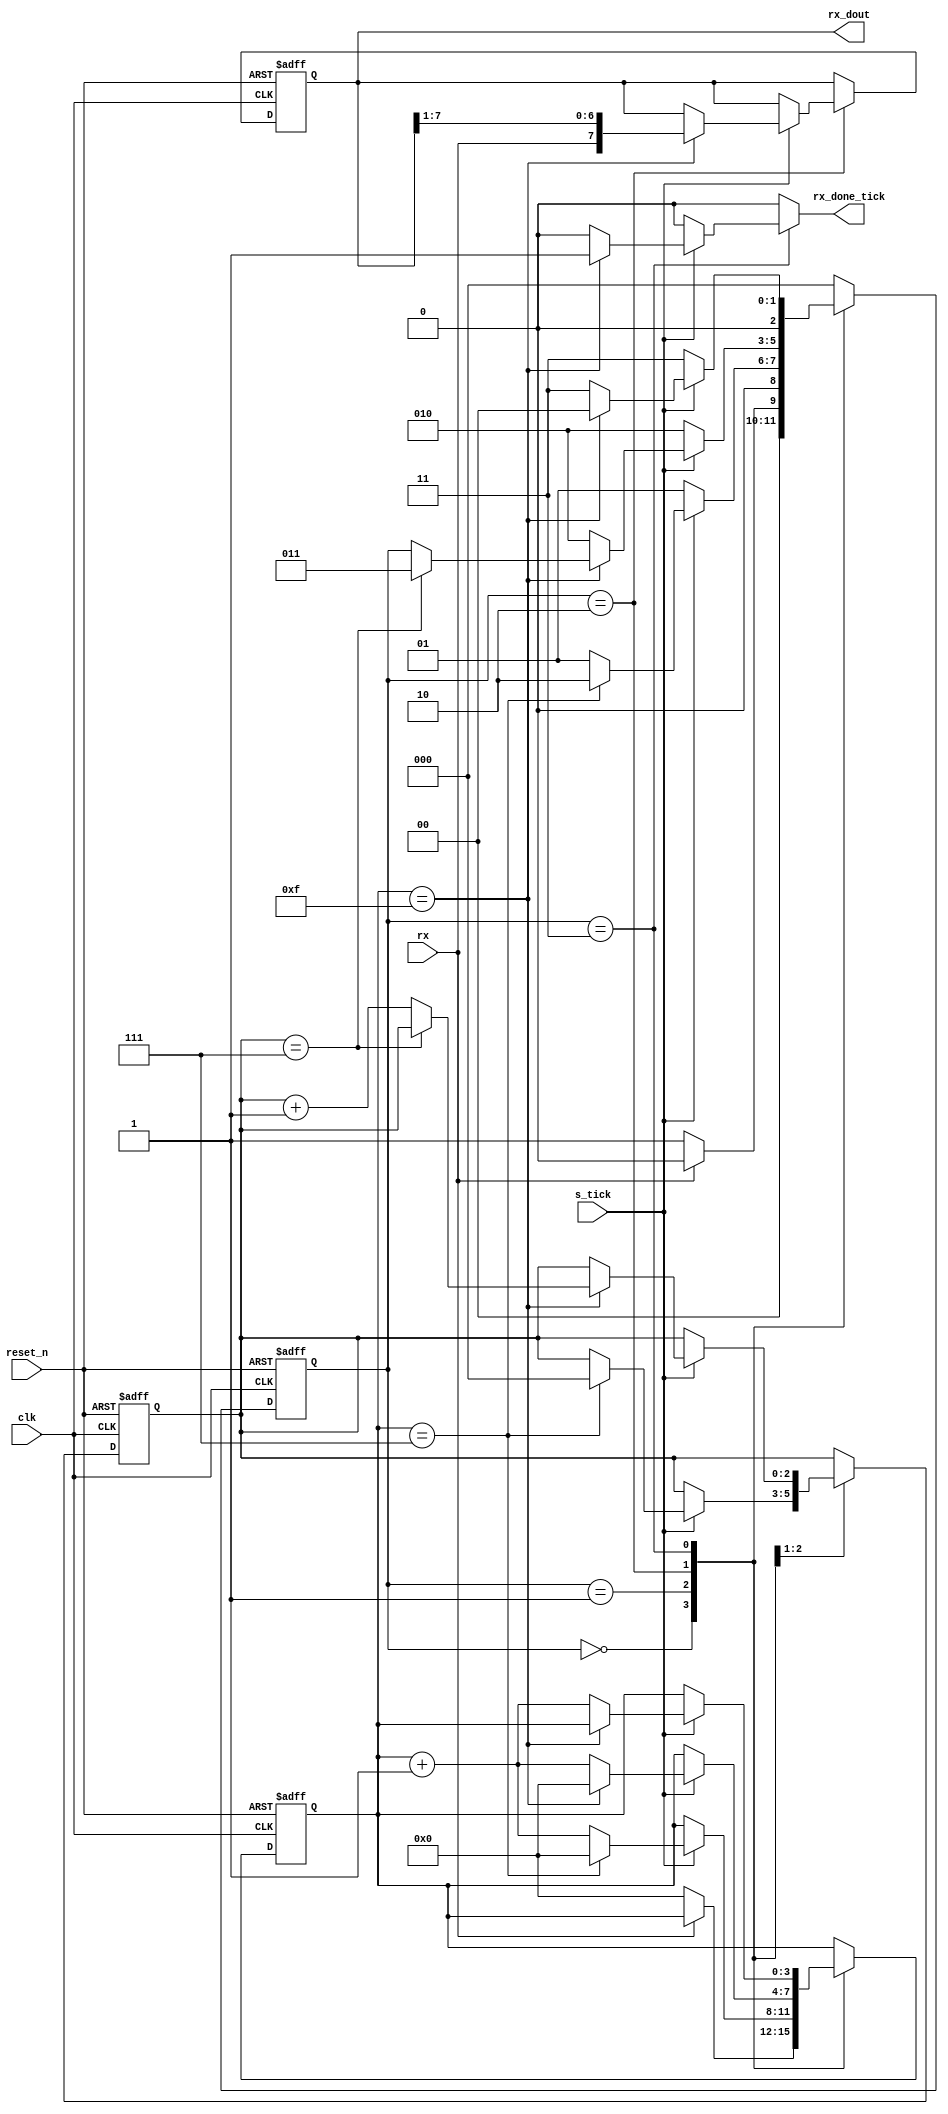
// UART Receiver 
//
module uart_receiver 
    #(parameter D_BITS=8,               // Data bits that are sent/received.
                SB_TICK=16
    )(
    input clk,                          // Top level system clock input.
    input reset_n,                      // Asynchronous active low reset.
    input rx,                           // UART receiver Pin.
    input s_tick,                       // Receive the data on data pin.
    output [D_BITS - 1:0] rx_dout,      // Data output that gets sent to FIFO.
    output reg rx_done_tick             // Set when receiving is finished.
    );
    
    reg [2:0] rx_state, rx_state_next;
    reg [3:0] s_register, s_register_next;
    reg [$clog2(D_BITS) - 1:0] n_bits_register, n_bits_register_next;
    reg [D_BITS - 1:0] b_bits_register, b_bits_register_next;

    // Define the FSM states.
    localparam r_state_idle = 0;
    localparam r_state_start = 1;
    localparam r_state_data = 2;
    localparam r_state_stop = 3;

    // initiate state registers
    always @ (posedge clk, negedge reset_n) begin 
        if (!reset_n) 
        begin
            rx_state <= 0;
            s_register <= 0;
            n_bits_register <= 0;
            b_bits_register <= 0;
        end else 
        begin
            rx_state <= rx_state_next;
            s_register <= s_register_next;
            n_bits_register <= n_bits_register_next;
            b_bits_register <= b_bits_register_next;
        end
    end
    
    // next state logic section
    always @ (*) begin
        rx_state_next = rx_state;
        s_register_next = s_register;
        n_bits_register_next = n_bits_register;
        b_bits_register_next = b_bits_register;
        rx_done_tick = 1'b0;
        case(rx_state)
            r_state_idle: 
                if (rx == 0)
                begin
                    s_register_next = 0;
                    rx_state_next = r_state_start;
                end else
                    rx_state_next = r_state_idle;
            r_state_start: 
                if (!s_tick)
                    rx_state_next = r_state_start;
                else begin
                    if (s_register == 7) begin
                        s_register_next = 0;
                        n_bits_register_next = 0;
                        rx_state_next = r_state_data;
                    end 
                    else begin 
                        s_register_next = s_register + 1;
                        rx_state_next = r_state_start;
                    end
                end
            r_state_data: 
                if (!s_tick)
                    rx_state_next = r_state_data;
                else begin
                    if (s_register == 15)
                    begin
                       s_register_next = 0;
                       b_bits_register_next = {rx, b_bits_register[D_BITS - 1:1]};

                       if (n_bits_register == D_BITS - 1)
                           rx_state_next = r_state_stop;
                       else begin 
                           n_bits_register_next = n_bits_register + 1;
                       end
                    end
                    else begin
                        s_register_next = s_register + 1;
                        rx_state_next = r_state_data;
                    end
                end
            r_state_stop: 
                if (!s_tick)
                    rx_state_next = r_state_stop;
                else begin 
                    if (s_register == SB_TICK - 1) begin
                        rx_done_tick = 1'b1;
                        rx_state_next = r_state_idle;
                    end 
                    else begin 
                        s_register_next = s_register + 1;
                        rx_state_next = r_state_stop;
                    end
                end
            default: rx_state_next = r_state_idle;
        endcase
    end

    // output logic section
    assign rx_dout = b_bits_register;
    
endmodule